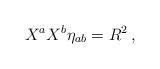
LaTeX: \begin{align*}X^a X^b \eta_{a b} = R^2 \, , \end{align*}